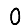
Digit: 0